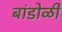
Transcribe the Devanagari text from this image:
बांडोळी